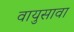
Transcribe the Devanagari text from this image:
वायुसावा